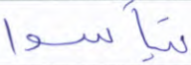
تيأسوا